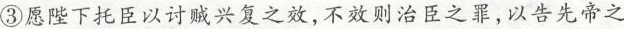
③愿陛下托臣以讨贼兴复之效，不效则治臣之罪，以告先帝之